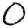
Digit: 0